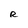
Character: R